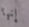
إنها